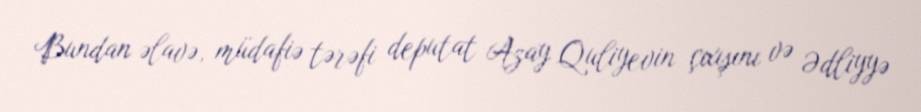
Bundan əlavə, müdafiə tərəfi deputat Azay Quliyevin çıxışını və Ədliyyə